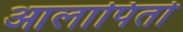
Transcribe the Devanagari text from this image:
आलापितो